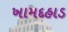
ખામદહાડ